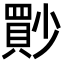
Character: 𡮳